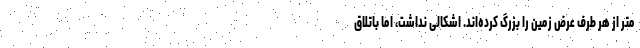
متر از هر طرف عرض زمین را بزرگ کرده‌اند. اشکالی نداشت، اما باتلاق